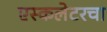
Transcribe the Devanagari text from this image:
एस्कलेटरचा